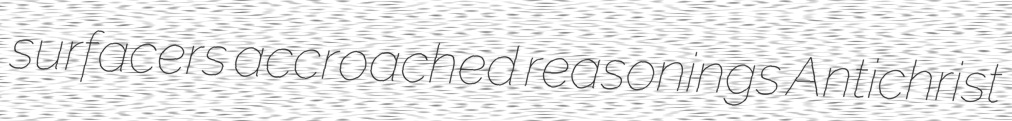
surfacers accroached reasonings Antichrist